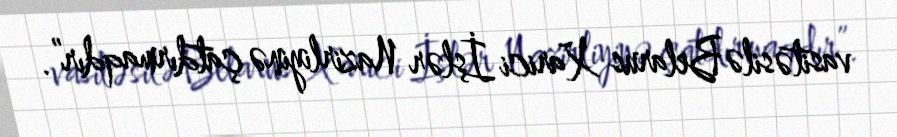
vasitəsilə Belarus Xarici İşlər Nazirliyinə çatdırmaqdır”.